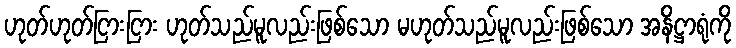
ဟုတ်ဟုတ်ငြားငြား ဟုတ်သည်မူလည်းဖြစ်သော မဟုတ်သည်မူလည်းဖြစ်သော အနိဋ္ဌာရုံကို